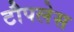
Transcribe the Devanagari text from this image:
टौपलेस